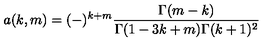
a ( k , m ) = ( - ) ^ { k + m } \frac { \Gamma ( m - k ) } { \Gamma ( 1 - 3 k + m ) \Gamma ( k + 1 ) ^ { 2 } }